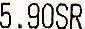
5.90SR